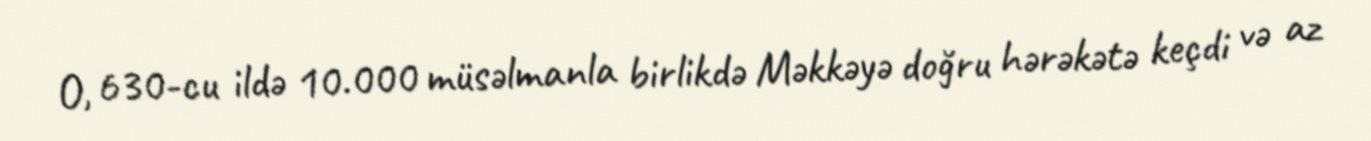
O, 630-cu ildə 10.000 müsəlmanla birlikdə Məkkəyə doğru hərəkətə keçdi və az